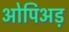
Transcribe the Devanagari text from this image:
ओपिअड़